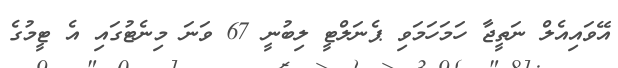
އޭވައިއެލް ނަތީޖާ ހަމަހަމަވި ޕެނަލްޓީ ލިބުނީ 67 ވަނަ މިނެޓުގައި އެ ޓީމުގެ